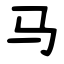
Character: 马